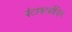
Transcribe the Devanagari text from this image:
पॅटाकार्बोनिल